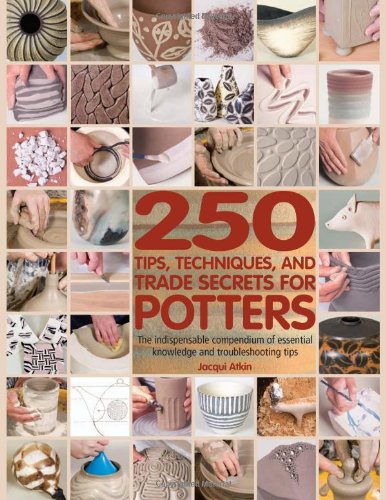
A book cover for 250 Tips, Techniques, and Trade Secrets for Potters: The Indispensable Compendium of Essential Knowledge and Troubleshooting Tips; Jacqui Atkin; Crafts, Hobbies & Home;